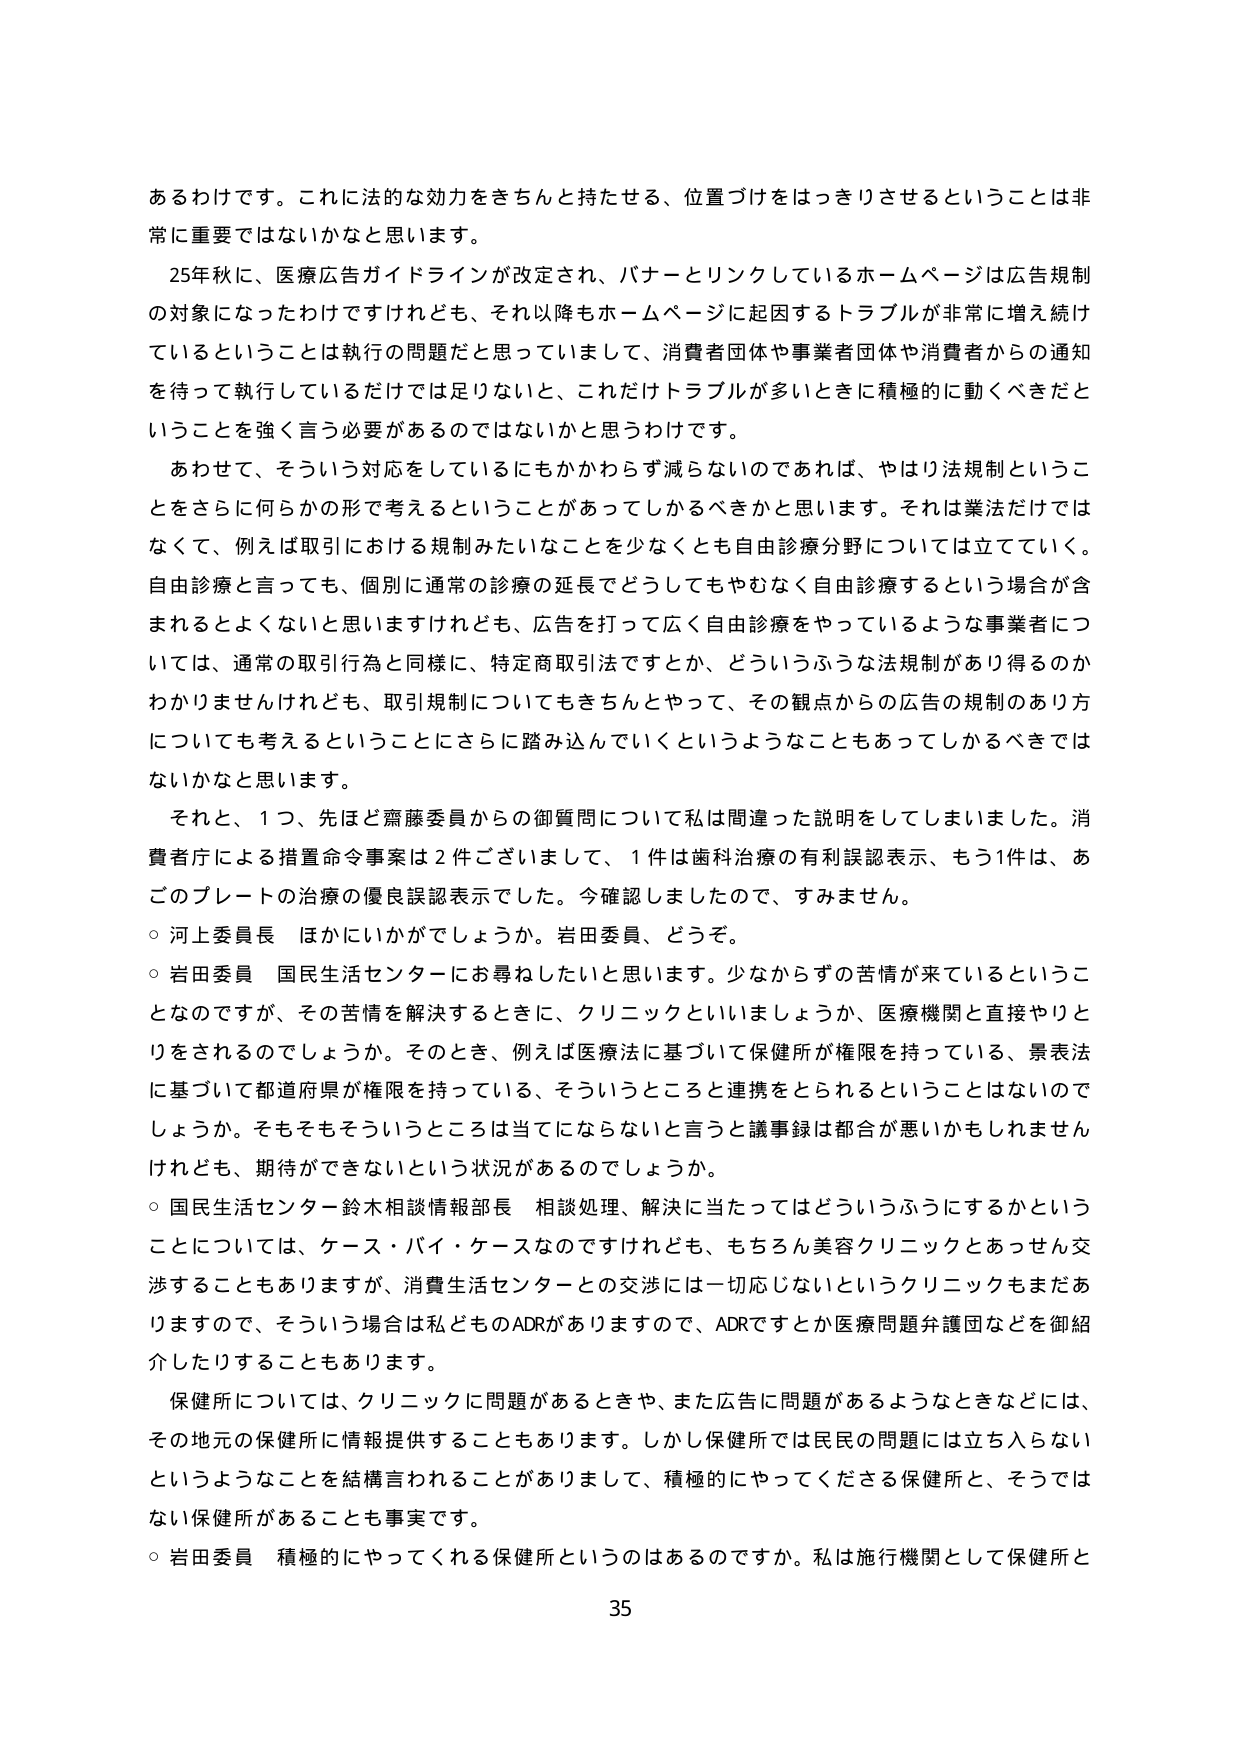
あるわけです。これに法的な効力をきちんと持たせる、位置づけをはっきりさせるということは非常に重要ではないかなと思います。

25年秋に、医療広告ガイドラインが改定され、バナーとリンクしているホームページは広告規制の対象になったわけですけれども、それ以降もホームページに起因するトラブルが非常に増え続けているということは執行の問題だと思っていまして、消費者団体や事業者団体や消費者からの通知を待って執行しているだけでは足りないと、これだけトラブルが多いときに積極的に動くべきだということを強く言う必要があるのではないかと思うわけです。

あわせて、そういう対応をしているにもかかわらず減らないのであれば、やはり法規制ということをさらに何らかの形で考えるということがあってしかるべきかと思います。それは業法だけではなくて、例えば取引における規制みたいなことを少なくとも自由診療分野については立てていく。自由診療と言っても、個別に通常の診療の延長でどうしてもやむなく自由診療するという場合が含まれるとはよくないと思いますけれども、広告を打って広く自由診療をやっているような事業者については、通常の取引行為と同様に、特定商取引法ですとか、どういうふうな法規制があり得るのかわかりませんけれども、取引規制についてもきちんとやって、その観点からの広告の規制のあり方についても考えるということにさらに踏み込んでいくというようなこともあってしかるべきではないかなと思います。

それと、1つ、先ほど齋藤委員からの御質問について私は間違った説明をしてしまいました。消費者庁による措置命令事案は2件ございまして、1件は歯科治療の有利誤認表示、もう1件は、あごのプレートの治療の優良誤認表示でした。今確認しましたので、すみません。

○ 河上委員長 ほかにいかがでしょうか。岩田委員、どうぞ。

○ 岩田委員 国民生活センターにお尋ねしたいと思います。少なからずの苦情が来ているということなのですが、その苦情を解決するときに、クリニックといいましょうか、医療機関と直接やりとりをされるのでしょうか。そのとき、例えば医療法に基づいて保健所が権限を持っている、景表法に基づいて都道府県が権限を持っている、そういうところと連携をとられるということはないでしょうか。そもそもそういうところは当てにならないと言うと議事録は都合が悪いかかもしれませんけれども、期待ができないという状況があるのでしょうか。

○ 国民生活センター鈴木相談情報部長 相談処理、解決に当たってはどういうふうにするかということについては、ケース・バイ・ケースなのですがけれども、もちろん美容クリニックとあっせん交渉することもありますが、消費生活センターとの交渉には一切応じないというクリニックもまだありますので、そういう場合は私どものADRがありますので、ADRですとか医療問題弁護団などを御紹介したりすることもあります。

保健所については、クリニックに問題があるときや、また広告に問題があるようなときなどには、その地元の保健所に情報提供することもあります。しかし保健所では民衆の問題には立ち入らないというようなことを結構言われることがありまして、積極的にやってくださる保健所と、そうではない保健所があることも事実です。

○ 岩田委員 積極的にやってくれる保健所というのはあるのですか。私は施行機関として保健所と

35